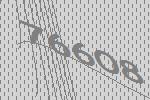
76608